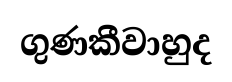
ගුණකීවාහුද